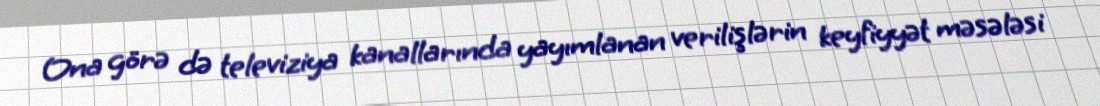
Ona görə də televiziya kanallarında yayımlanan verilişlərin keyfiyyət məsələsi